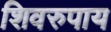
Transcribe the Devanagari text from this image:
शिवरुपाय